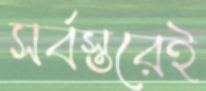
সর্বস্তরেই